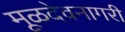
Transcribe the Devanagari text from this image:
मूळदेवनागरी